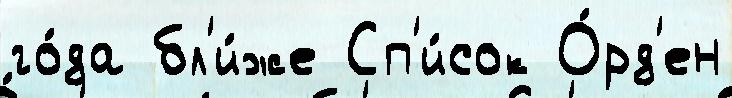
го́да бл'и́же Сп'и́сок О́рд'ен